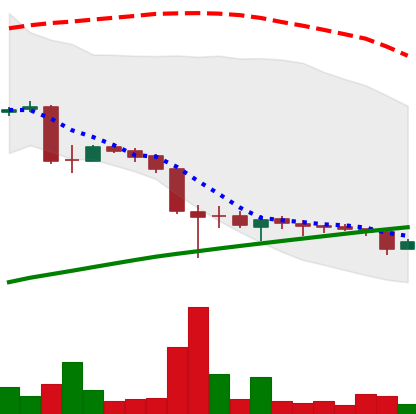
Ticker: LTC-USD
Chart end date: 2015-09-04
Forward return: 8.248%
Label: up_7plus